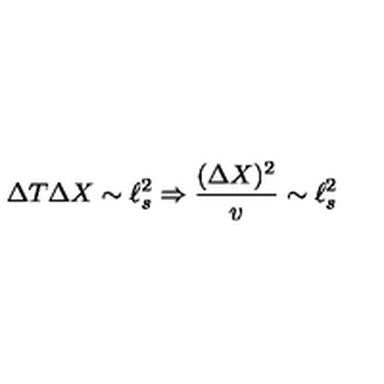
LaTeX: \Delta T \Delta X \sim \ell _ { s } ^ { 2 } \Rightarrow { \frac { ( \Delta X ) ^ { 2 } } { v } } \sim \ell _ { s } ^ { 2 }